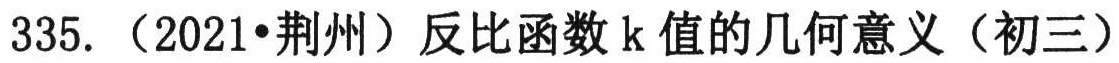
335. （2021•荆州）反比例函数 k 值的几何意义（初三）